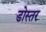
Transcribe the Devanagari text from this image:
डोस्तर